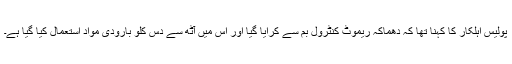
پولیس اہلکار کا کہنا تھا کہ دھماکہ ریموٹ کنٹرول بم سے کرایا گیا اور اس میں آٹھ سے دس کلو بارودی مواد استعمال کیا گیا ہے۔